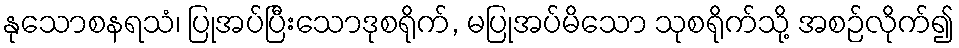
နုသောစနရသံ၊ ပြုအပ်ပြီးသောဒုစရိုက်, မပြုအပ်မိသော သုစရိုက်သို့ အစဉ်လိုက်၍